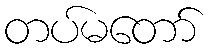
တပ်မတော်